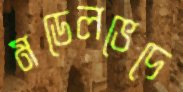
মডেলভেদে